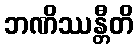
ဘဏိဿန္တီတိ